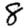
Digit: 8